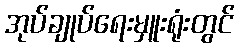
အုပ်ချုပ်ရေးမှူးရုံးတွင်